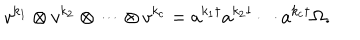
LaTeX: v ^ { k _ { 1 } } \otimes v ^ { k _ { 2 } } \otimes \cdots \otimes v ^ { k _ { c } } = a ^ { k _ { 1 } \dagger } a ^ { k _ { 2 } \dagger } \cdots a ^ { k _ { c } \dagger } \Omega .